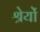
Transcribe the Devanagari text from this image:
श्रेयों